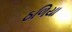
ઠળિયા